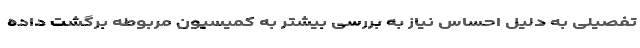
تفصیلی به دلیل احساس نیاز به بررسی بیشتر به کمیسیون مربوطه برگشت داده